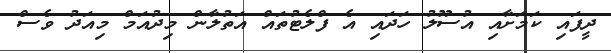
ދީފައި ކަމަށާއި އުސޫލު ހަދައި އެ ފްލެޓުތައް އަތުލާން މިދުއަމް މިއަދު ވެސް